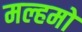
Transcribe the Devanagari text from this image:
मल्हमों